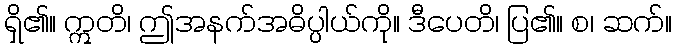
ရှိ၏။ ဣတိ၊ ဤအနက်အဓိပ္ပါယ်ကို။ ဒီပေတိ၊ ပြ၏။ စ၊ ဆက်။